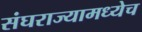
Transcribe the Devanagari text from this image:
संघराज्यामध्येच